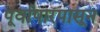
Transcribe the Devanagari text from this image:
पूर्वापारपासून